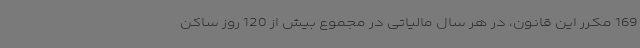
169 مکرر این قانون، در هر سال مالیاتی در مجموع بیش از 120 روز ساکن